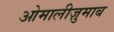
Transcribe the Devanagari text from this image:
ओमालीज़ुमाब